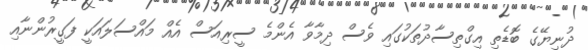
ދުނިޔޭގެ ބޮޑެތި އިގްތިސާދުތަކުގައި ވެސް ދިމާވާ އެންމެ ސީރިއަސް އެއް މައްސަލައަކީ ފަގީރުންނާއި